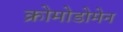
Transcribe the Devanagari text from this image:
क्रोमोडोमेन